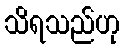
သိရသည်ဟု